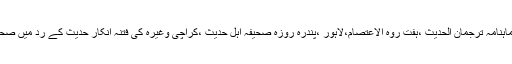
اور اسی طرح ماہنامہ محدث، ماہنامہ ترجمان الحدیث ،ہفت روہ الاعتصام،لاہور ،پندرہ روزہ صحیفہ اہل حدیث ،کراچی وغیرہ کی فتنہ انکار حدیث کے رد میں صحافتی خدمات بھی قابل قدر ہیں ۔